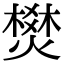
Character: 燓